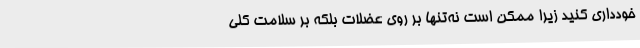
خودداری کنید زیرا ممکن است نه‌تنها بر روی عضلات بلکه بر سلامت کلی